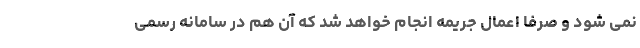
نمی شود و صرفا اعمال جریمه انجام خواهد شد که آن هم در سامانه رسمی